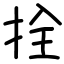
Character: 拴